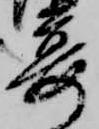
宴